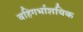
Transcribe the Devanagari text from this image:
बहिगर्भाशयिक